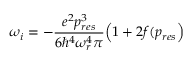
\omega _ { i } = - \frac { e ^ { 2 } p _ { r e s } ^ { 3 } } { 6 \hbar ^ { 4 } \omega _ { r } ^ { 4 } \pi } \Big ( 1 + 2 f ( p _ { r e s } \Big )